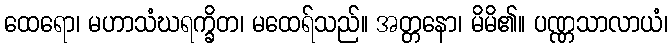
ထေရော၊ မဟာသံဃရက္ခိတ၊ မထေရ်သည်။ အတ္တနော၊ မိမိ၏။ ပဏ္ဏသာလာယံ၊